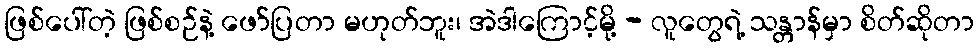
ဖြစ်ပေါ်တဲ့ ဖြစ်စဉ်နဲ့ ဖော်ပြတာ မဟုတ်ဘူး၊ အဲဒါကြောင့်မို့ - လူတွေရဲ့ သန္တာန်မှာ စိတ်ဆိုတာ